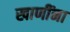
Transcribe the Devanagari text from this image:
खाणींना